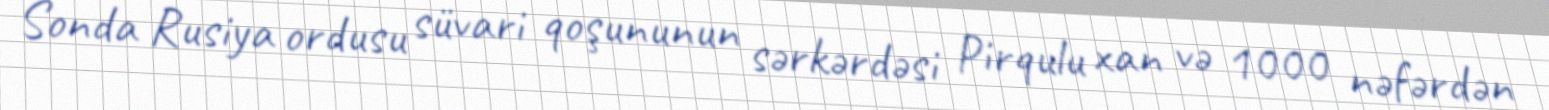
Sonda Rusiya ordusu süvari qoşununun sərkərdəsi Pirqulu xan və 1000 nəfərdən